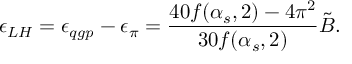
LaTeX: \epsilon _ { L H } = \epsilon _ { q g p } - \epsilon _ { \pi } = { \frac { 4 0 f ( \alpha _ { s } , 2 ) - 4 \pi ^ { 2 } } { 3 0 f ( \alpha _ { s } , 2 ) } } \tilde { B } .